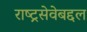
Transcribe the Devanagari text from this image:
राष्ट्रसेवेबद्दल